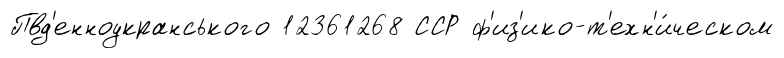
Пвд'енноукранського 12361268 ССР ф'из'ико-т'ехн'и́ческом